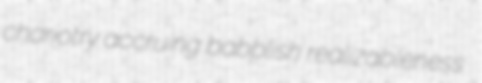
chariotry accruing babblish realizableness